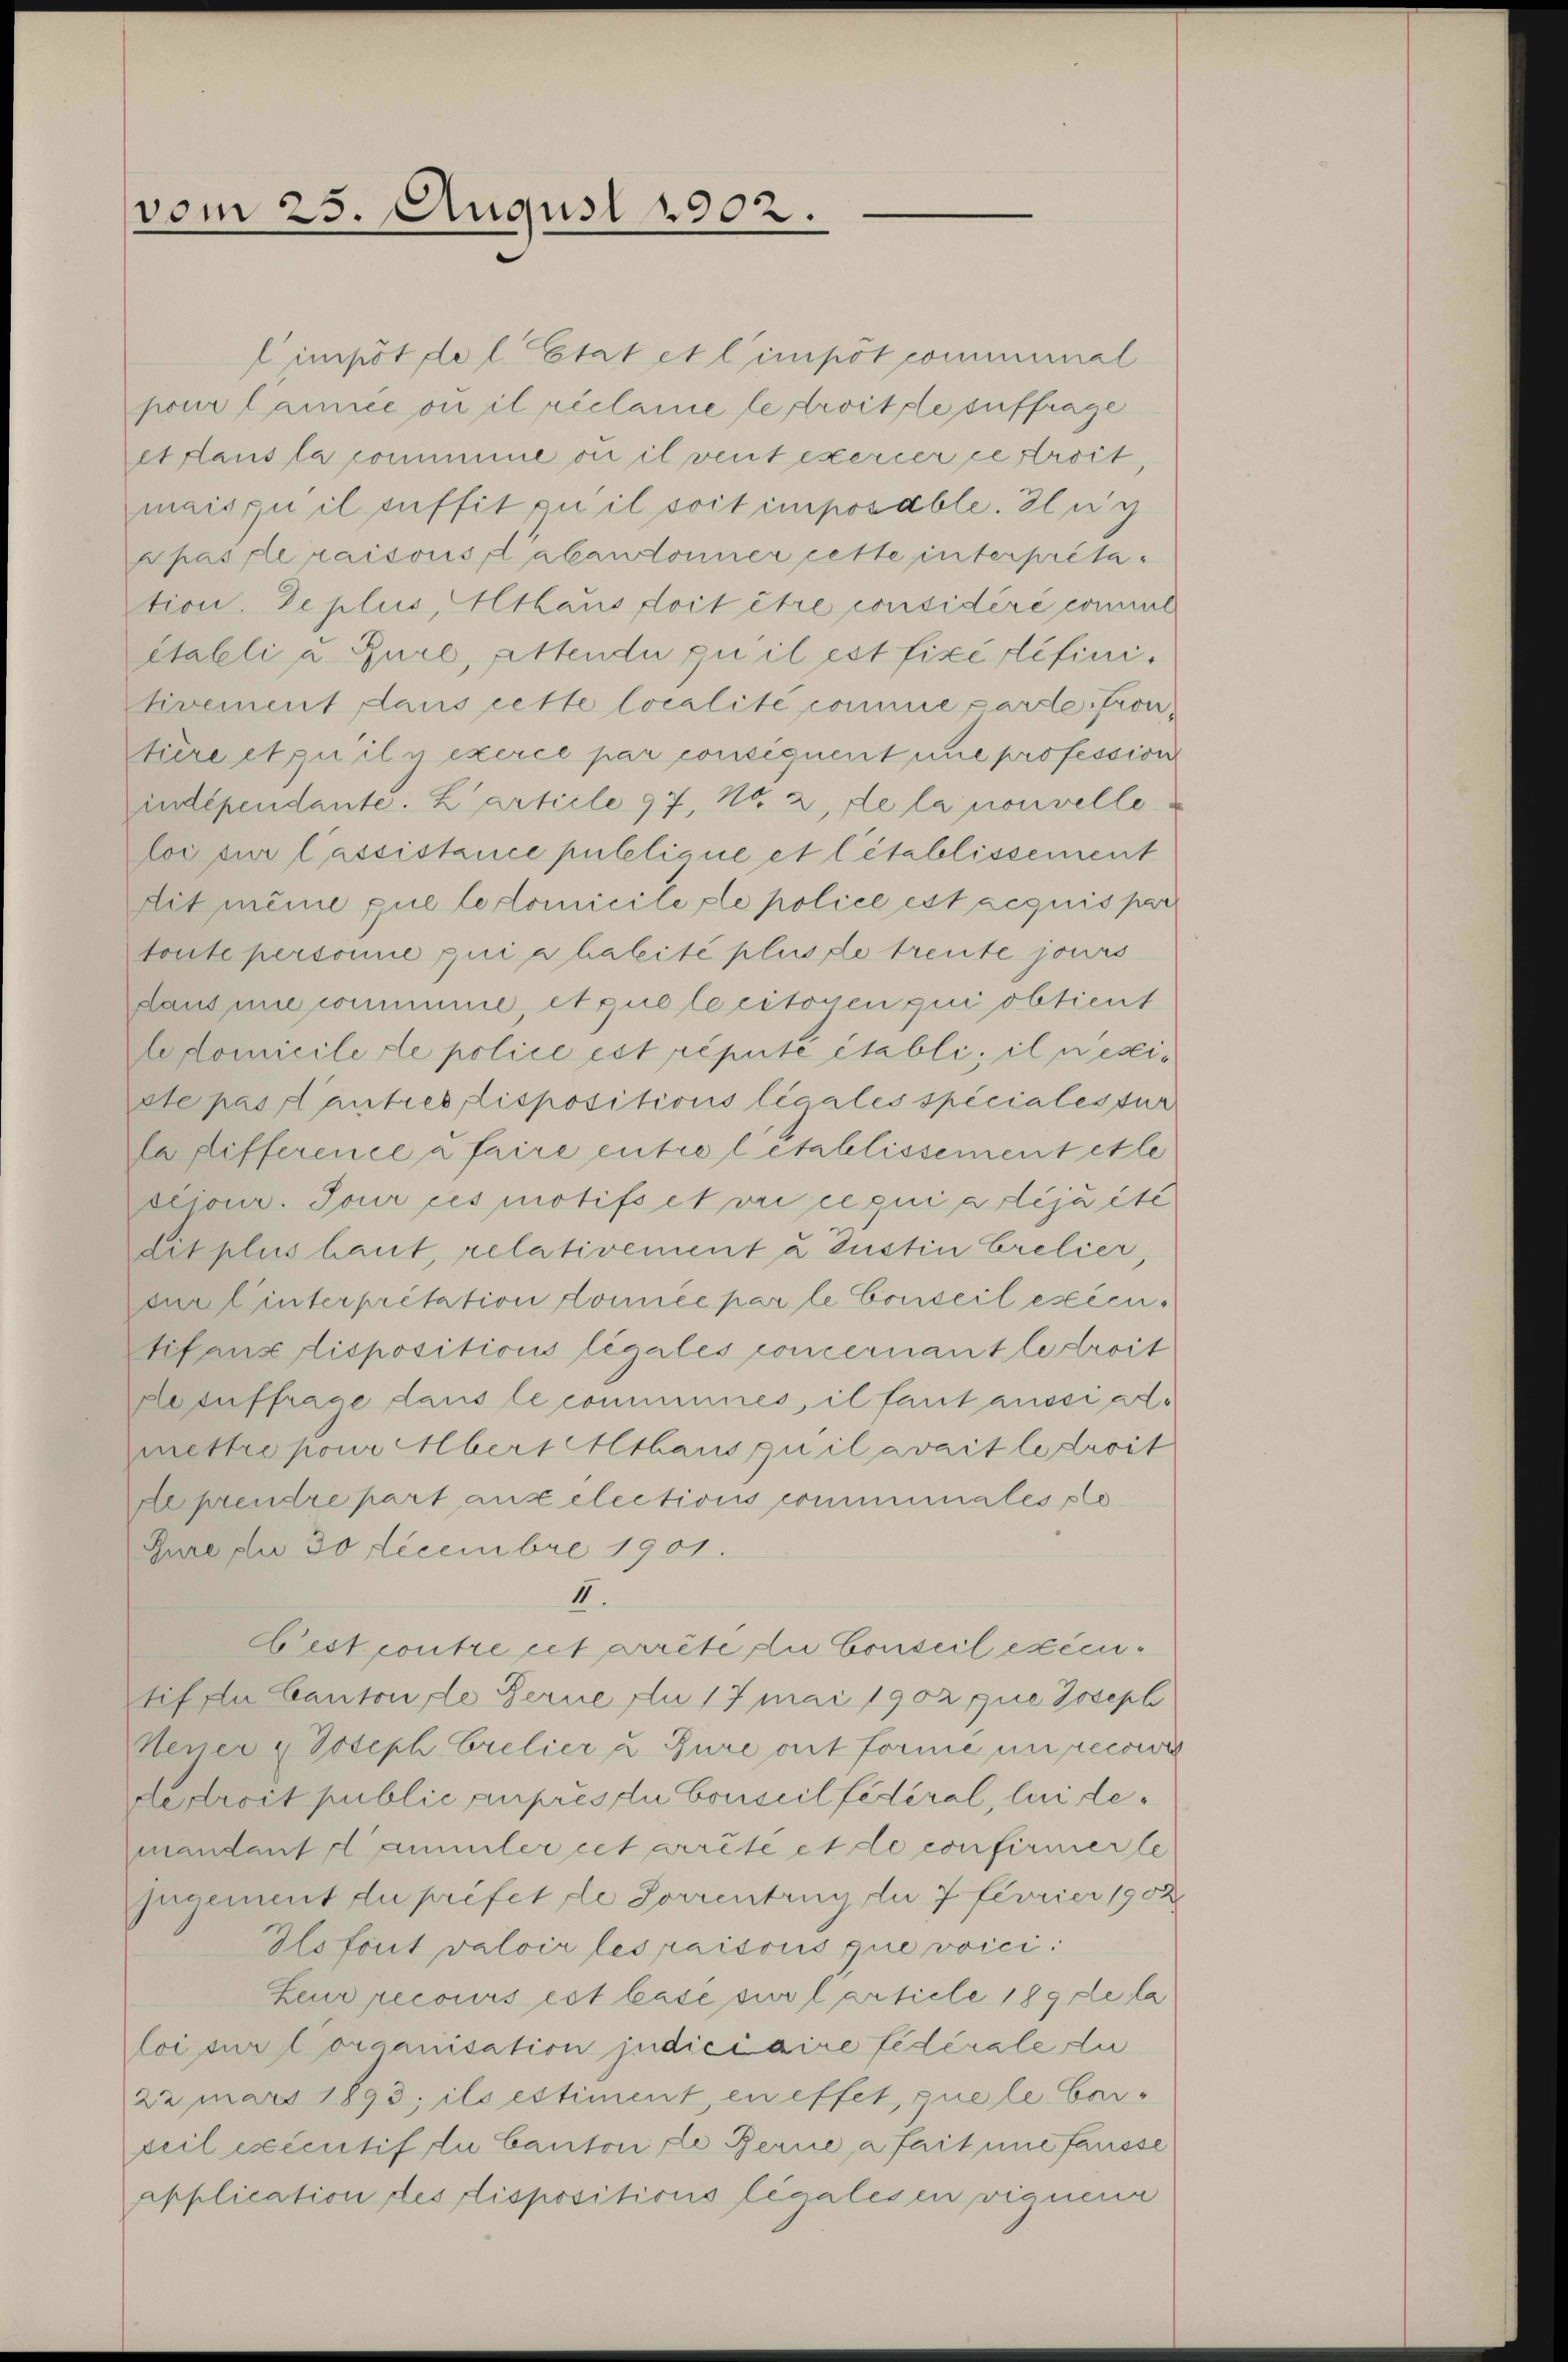
vom 25. August 1902.

Cimpötdel. Etat et l’impötcommimal
pour lannée ou il réclame le droitzle suffrage
ethans la comme ou il vent exercer gestreit
mais qu il suffit pu il soit imposable. Ich
ppasle raisons abandonner cette interpretation. De plus, Althaus doit être considéré comme
établi u. Bure, attende zu il est fixé définitivement dans cette localité comme parte Fron
türe et zu il y exerce par consiquent une profession
indépendante. L’article 97, Nr. 2, de la nouvelle
loi sur l’assistance publique et l’établissement
tit même que le domicile le police est acquis par
toute personne qui a halité plus de treute jours
daus une comminie et que le citoyen qui obtient
ldomicile de police est réputé établi, il nexiste pas l’autres, dispositions légales spécialestur
lafifference à faire entre letallissement et le
cciour. Tour ces motifs et vie ce qui a lija été
dit plus haut, relativement a Justin Crelier,
durlinterpretation domice par le Conseil esecur
tif aus dispositions légales concernant le droit
Hesuffrage dans le communes, il fant aussi admettre pour Albert Althaus quil avait le Licit
Aeprendre part aux elections communiales so
Jure pr 30 Decembre 1901.
II.
Cest contre cet arrête du Conseil exécu¬
Stif du Canton, de Ferne Au 17 Mai 1902 que Joseph
Neuer & Joseph Crelier u Jure ont formé un recowi
de droit public auprès du Conseil fédéral, lui de
mandant Kammler cet arrêté et de confirmerle
jugement du préfet de Sorrentrug du 7 Fevrier 1902
Plotorit valoir les raisons que voici:
Leur recours est basé sur l article 189 de la
loi sur organisation judiciaire fédérale du
22 mars 1893; ils estiment en effet, que le baipeil exécutif du Canton de Ferne a fait une fausse
Application des dispositions légalesen vignena